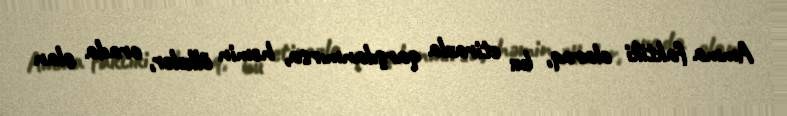
Amma faktiki olaraq, bu etirazla qarşılanmırsa, həmin ölkələr, orada olan